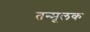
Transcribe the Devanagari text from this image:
तन्मूलक